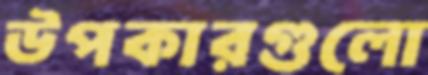
উপকারগুলো